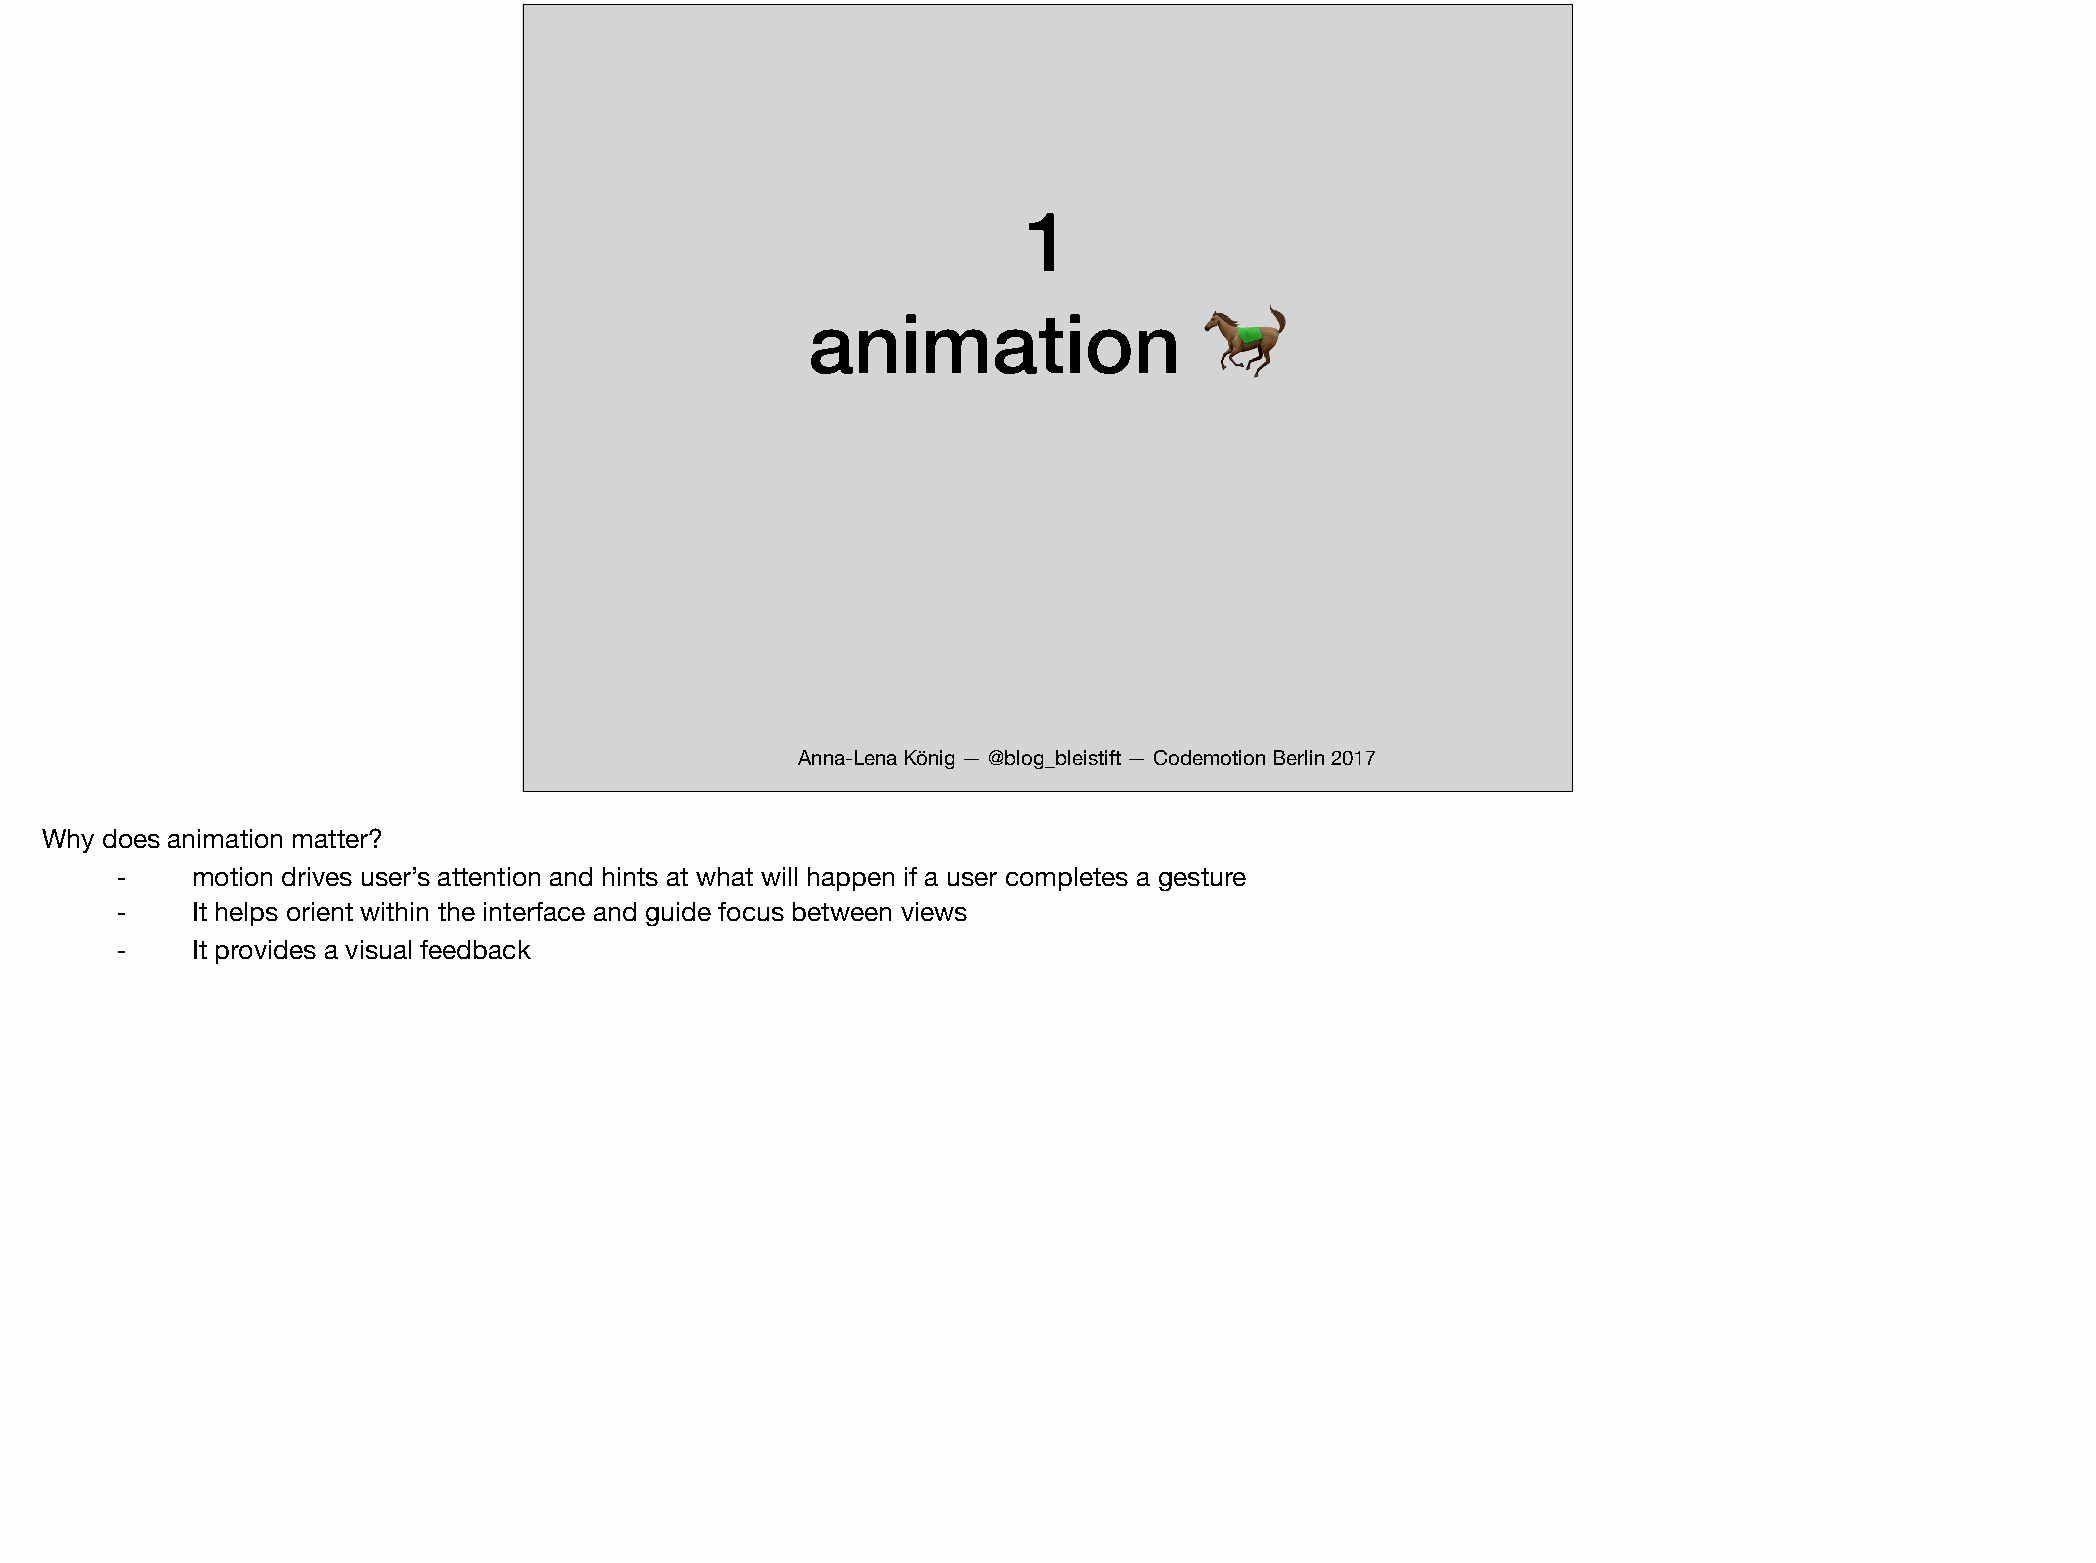
1
 animation
 🐎
 Anna-Lena König — @blog_bleistift — Codemotion Berlin 2017
 Why does animation matter?
 ⁃    motion drives user’s attention and hints at what will happen if a user completes a gesture
 ⁃    It helps orient within the interface and guide focus between views
 ⁃    It provides a visual feedback